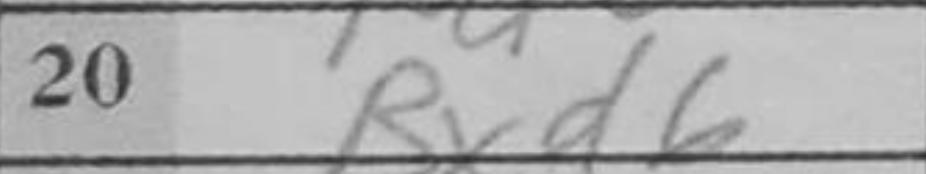
Transcription: Bxd6